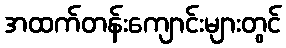
အထက်တန်းကျောင်းများတွင်